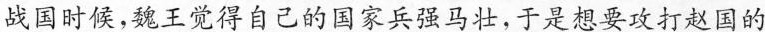
战国时候，魏王觉得自己的国家兵强马壮，于是想要攻打赵国的